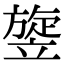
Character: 𥪱